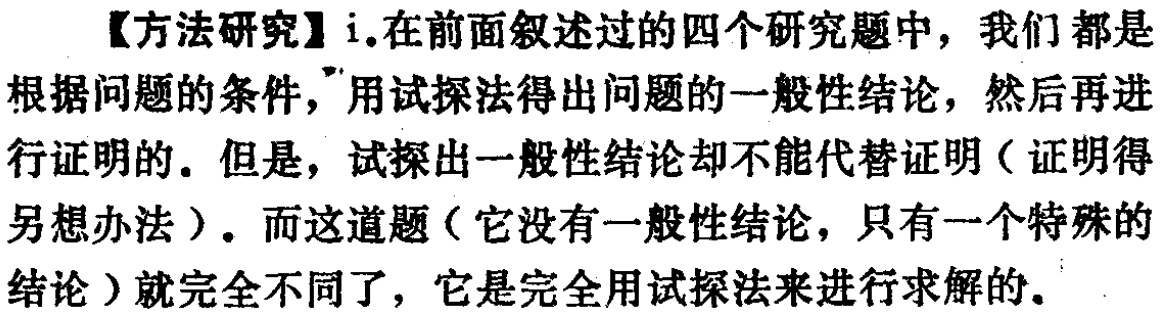
【方法研究】i.在前面叙述过的四个研究题中，我们都是根据问题的条件，用试探法得出问题的一般性结论，然后再进行证明的。但是，试探出一般性结论却不能代替证明（证明得另想办法）。而这道题（它没有一般性结论，只有一个特殊的结论）就完全不同了，它是完全用试探法来进行求解的。